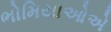
ભોમિયાઓએ